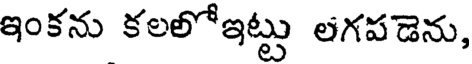
ఇంకను కలలోఇట్టు లగపడెను,